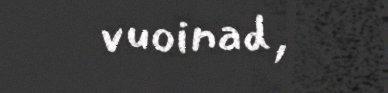
vuoinad,